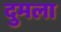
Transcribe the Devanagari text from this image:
दुमला